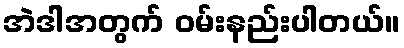
အဲဒါအတွက် ဝမ်းနည်းပါတယ်။